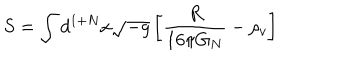
S = \int d ^ { 1 + N } x \sqrt { - g } \left[ \frac { R } { 1 6 \pi G _ { N } } - \rho _ { v } \right]